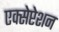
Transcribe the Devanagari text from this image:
एक्सेप्टेशन